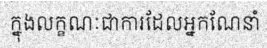
ក្នុងលក្ខណៈជាការដែលអ្នកណែនាំ